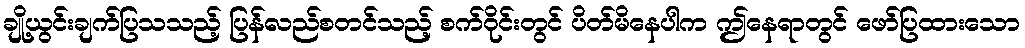
ချို့ယွင်းချက်ပြသသည့် ပြန်လည်စတင်သည့် စက်ဝိုင်းတွင် ပိတ်မိနေပါက ဤနေရာတွင် ဖော်ပြထားသော